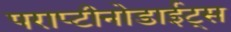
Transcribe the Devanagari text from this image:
पराप्टीनोडाईट्स